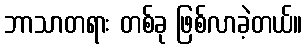
ဘာသာတရား တစ်ခု ဖြစ်လာခဲ့တယ်။